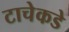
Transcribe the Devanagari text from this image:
टाचेकडे